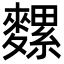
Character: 𪍯